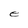
Character: e